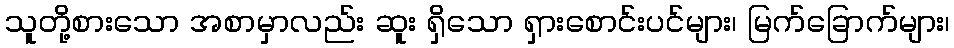
သူတို့စားသော အစာမှာလည်း ဆူး ရှိသော ရှားစောင်းပင်များ၊ မြက်ခြောက်များ၊